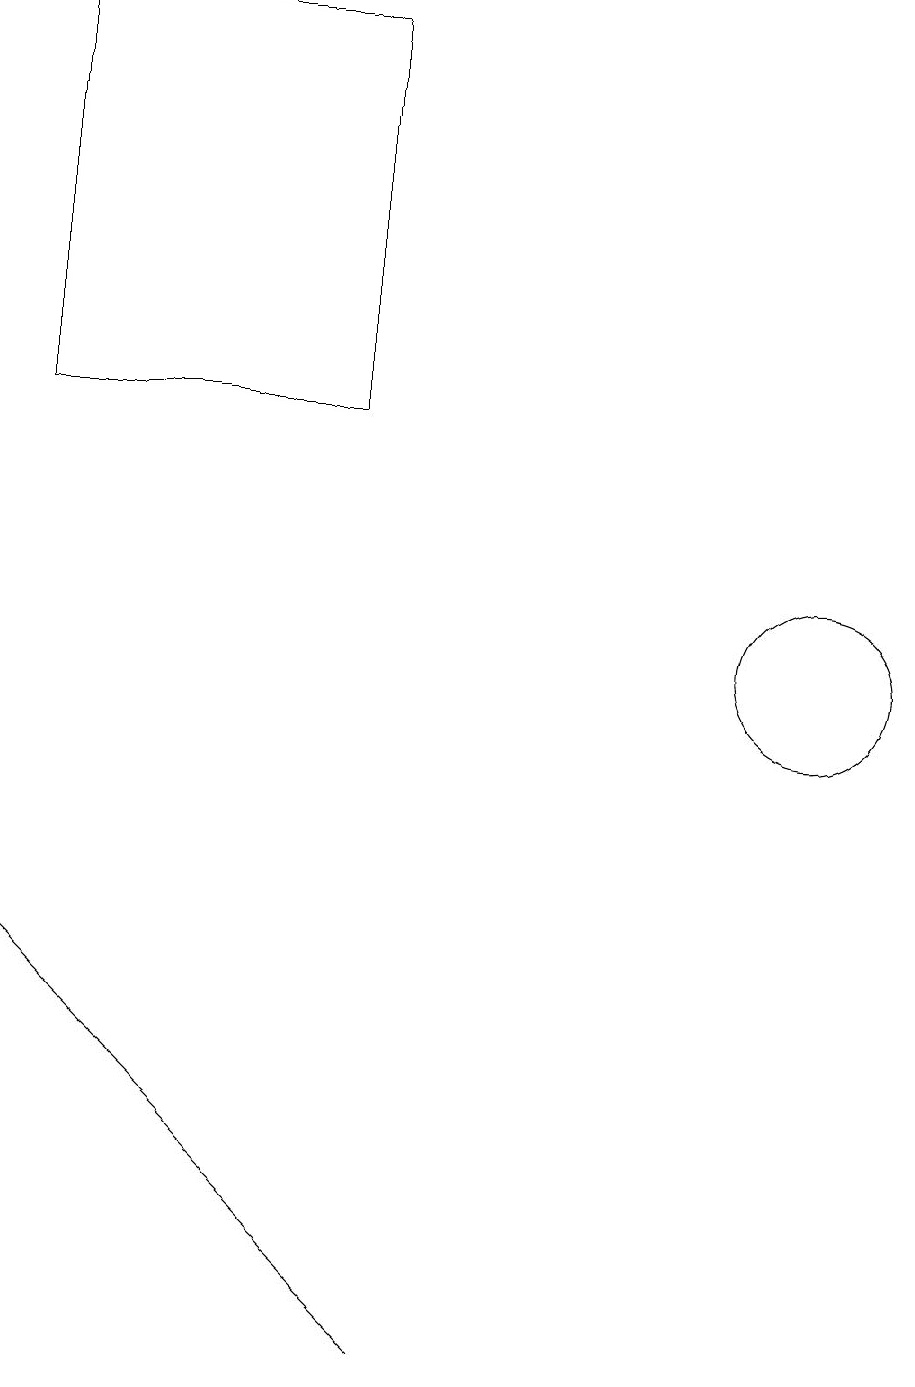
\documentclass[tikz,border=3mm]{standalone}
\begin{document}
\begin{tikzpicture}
\draw (10,10) circle (1);
\draw (0,18) rectangle (4,13);
\draw (4,2) -- (0,6) -- (5,1) -- cycle;
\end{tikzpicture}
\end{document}